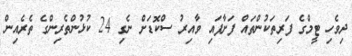
ދިވެހި ޓީމްގެ ފަރިތަކުންތައް ފަށާފައި ވާއިރު ސްކޮޑަށް ނެގި 24 ކުޅުންތެރިންގެ ތެރެއިން